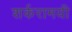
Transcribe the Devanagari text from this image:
शर्करामयी